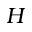
H